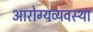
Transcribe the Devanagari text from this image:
आरोग्यव्यवस्था